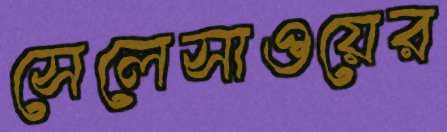
সেলেসাওয়ের